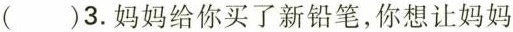
( )3.妈妈给你买了新铅笔，你想让妈妈